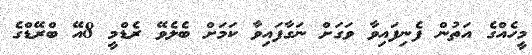
މީހެއްގެ އަތުން ފެނިފައިވާ ވަގަށް ނަގާފައިވާ ކަމަށް ބެލެވޭ ރެޑްމީ 8އޭ ބްރޭޑްގެ